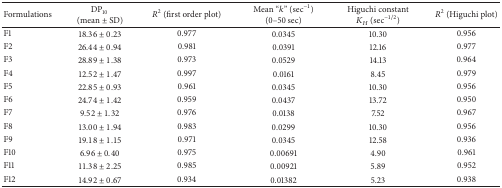
<table><thead><tr><td><b>Formulations</b></td><td><b>DP<sub>10</sub> (mean ± SD)</b></td><td><b><i>R</i><sup>2</sup> (first order plot)</b></td><td><b>Mean “<i>k</i>” (sec<sup>−1</sup>) (0–50 sec)</b></td><td><b>Higuchi constant <i>K</i><sub><i>H</i></sub> (sec<sup>−1/2</sup>)</b></td><td><b><i>R</i><sup>2</sup> (Higuchi plot)</b></td></tr></thead><tbody><tr><td>F1</td><td>18.36 ± 0.23</td><td>0.977</td><td>0.0345</td><td>10.30</td><td>0.956</td></tr><tr><td>F2</td><td>26.44 ± 0.94</td><td>0.981</td><td>0.0391</td><td>12.16</td><td>0.977</td></tr><tr><td>F3</td><td>28.89 ± 1.38</td><td>0.973</td><td>0.0529</td><td>14.13</td><td>0.964</td></tr><tr><td>F4</td><td>12.52 ± 1.47</td><td>0.997</td><td>0.0161</td><td>8.45</td><td>0.979</td></tr><tr><td>F5</td><td>22.85 ± 0.93</td><td>0.961</td><td>0.0345</td><td>10.30</td><td>0.956</td></tr><tr><td>F6</td><td>24.74 ± 1.42</td><td>0.959</td><td>0.0437</td><td>13.72</td><td>0.950</td></tr><tr><td>F7</td><td>9.52 ± 1.32</td><td>0.976</td><td>0.0138</td><td>7.52</td><td>0.967</td></tr><tr><td>F8</td><td>13.00 ± 1.94</td><td>0.983</td><td>0.0299</td><td>10.30</td><td>0.956</td></tr><tr><td>F9</td><td>19.18 ± 1.15</td><td>0.971</td><td>0.0345</td><td>12.58</td><td>0.936</td></tr><tr><td>F10</td><td>6.96 ± 0.40</td><td>0.975</td><td>0.00691</td><td>4.90</td><td>0.961</td></tr><tr><td>F11</td><td>11.38 ± 2.25</td><td>0.985</td><td>0.00921</td><td>5.89</td><td>0.952</td></tr><tr><td>F12</td><td>14.92 ± 0.67</td><td>0.934</td><td>0.01382</td><td>5.23</td><td>0.938</td></tr></tbody></table>